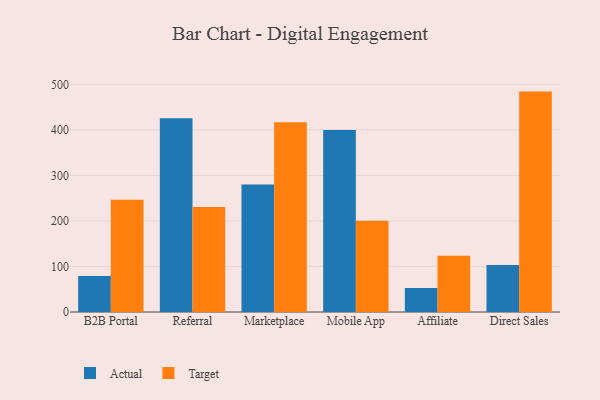
{"axis": {"x": "Channel", "y": "Website Visitors"}, "legend": ["Actual", "Target"], "data": [{"x": "B2B Portal", "y": 79.3, "type": "Actual"}, {"x": "B2B Portal", "y": 246.6, "type": "Target"}, {"x": "Referral", "y": 425.4, "type": "Actual"}, {"x": "Referral", "y": 230.6, "type": "Target"}, {"x": "Marketplace", "y": 280.3, "type": "Actual"}, {"x": "Marketplace", "y": 416.8, "type": "Target"}, {"x": "Mobile App", "y": 399.7, "type": "Actual"}, {"x": "Mobile App", "y": 200.7, "type": "Target"}, {"x": "Affiliate", "y": 52.8, "type": "Actual"}, {"x": "Affiliate", "y": 123.3, "type": "Target"}, {"x": "Direct Sales", "y": 103.2, "type": "Actual"}, {"x": "Direct Sales", "y": 484.1, "type": "Target"}]}